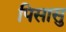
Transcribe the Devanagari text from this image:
पिसासु